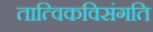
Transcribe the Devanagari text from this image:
तात्विकविसंगति